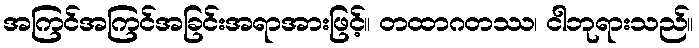
အကြင်အကြင်အခြင်းအရာအားဖြင့်။ တထာဂတဿ၊ ငါဘုရားသည်။